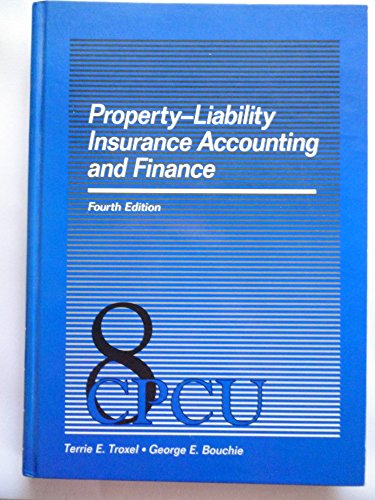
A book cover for Property-Liability Insurance Accounting and Finance (4th ed)(Item #11103); Terrie E Troxel; Business & Money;